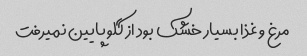
مرغ و غذا بسیار خشک بود از گلو پایین نمیرفت